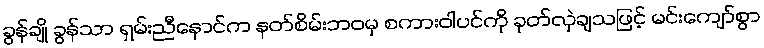
ခွန်ချို ခွန်သာ ရှမ်းညီနောင်က နတ်စိမ်းဘဝမှ စကားဝါပင်ကို ခုတ်လှဲချသဖြင့် မင်းကျော်စွာ